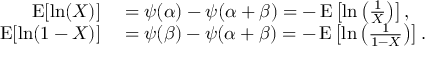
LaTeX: \begin{array} { r l } { \operatorname { E } [ \ln ( X ) ] } & { { } = \psi ( \alpha ) - \psi ( \alpha + \beta ) = - \operatorname { E } \left[ \ln \left( { \frac { 1 } { X } } \right) \right] , } \\ { \operatorname { E } [ \ln ( 1 - X ) ] } & { { } = \psi ( \beta ) - \psi ( \alpha + \beta ) = - \operatorname { E } \left[ \ln \left( { \frac { 1 } { 1 - X } } \right) \right] . } \end{array}